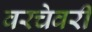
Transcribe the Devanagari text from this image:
वरचेवरी